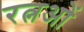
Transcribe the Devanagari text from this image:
रत्नओं